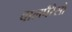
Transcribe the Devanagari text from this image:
वालपैरैसो